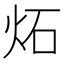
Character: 炻